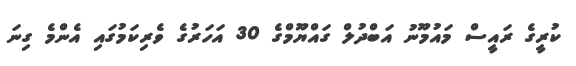
ކުރީގެ ރައީސް މައުމޫނު އަބްދުލް ގައްޔޫމްގެ 30 އަހަރުގެ ވެރިކަމުގައި އެންމެ ގިނަ